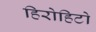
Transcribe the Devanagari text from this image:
हिरोहिटो